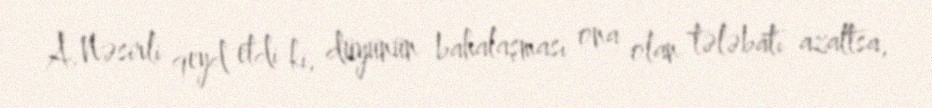
A.Nəsirli qeyd etdi ki, düyünün bahalaşması ona olan tələbatı azaltsa,